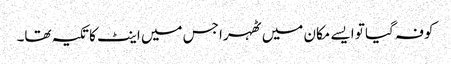
کوفہ گیا تو ایسے مکان میں ٹھہرا جس میں اینٹ کا تکیہ تھا۔